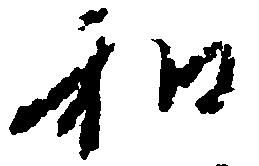
和